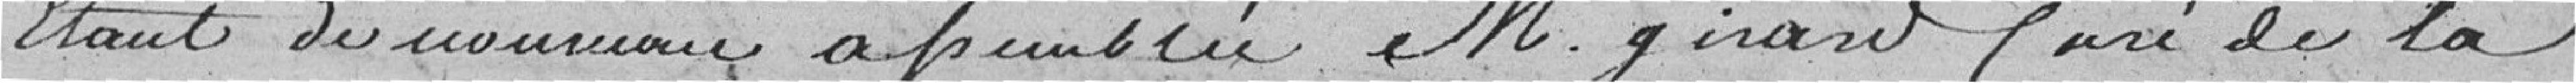
Etant de nouveau assemblée M. girard Curé de la